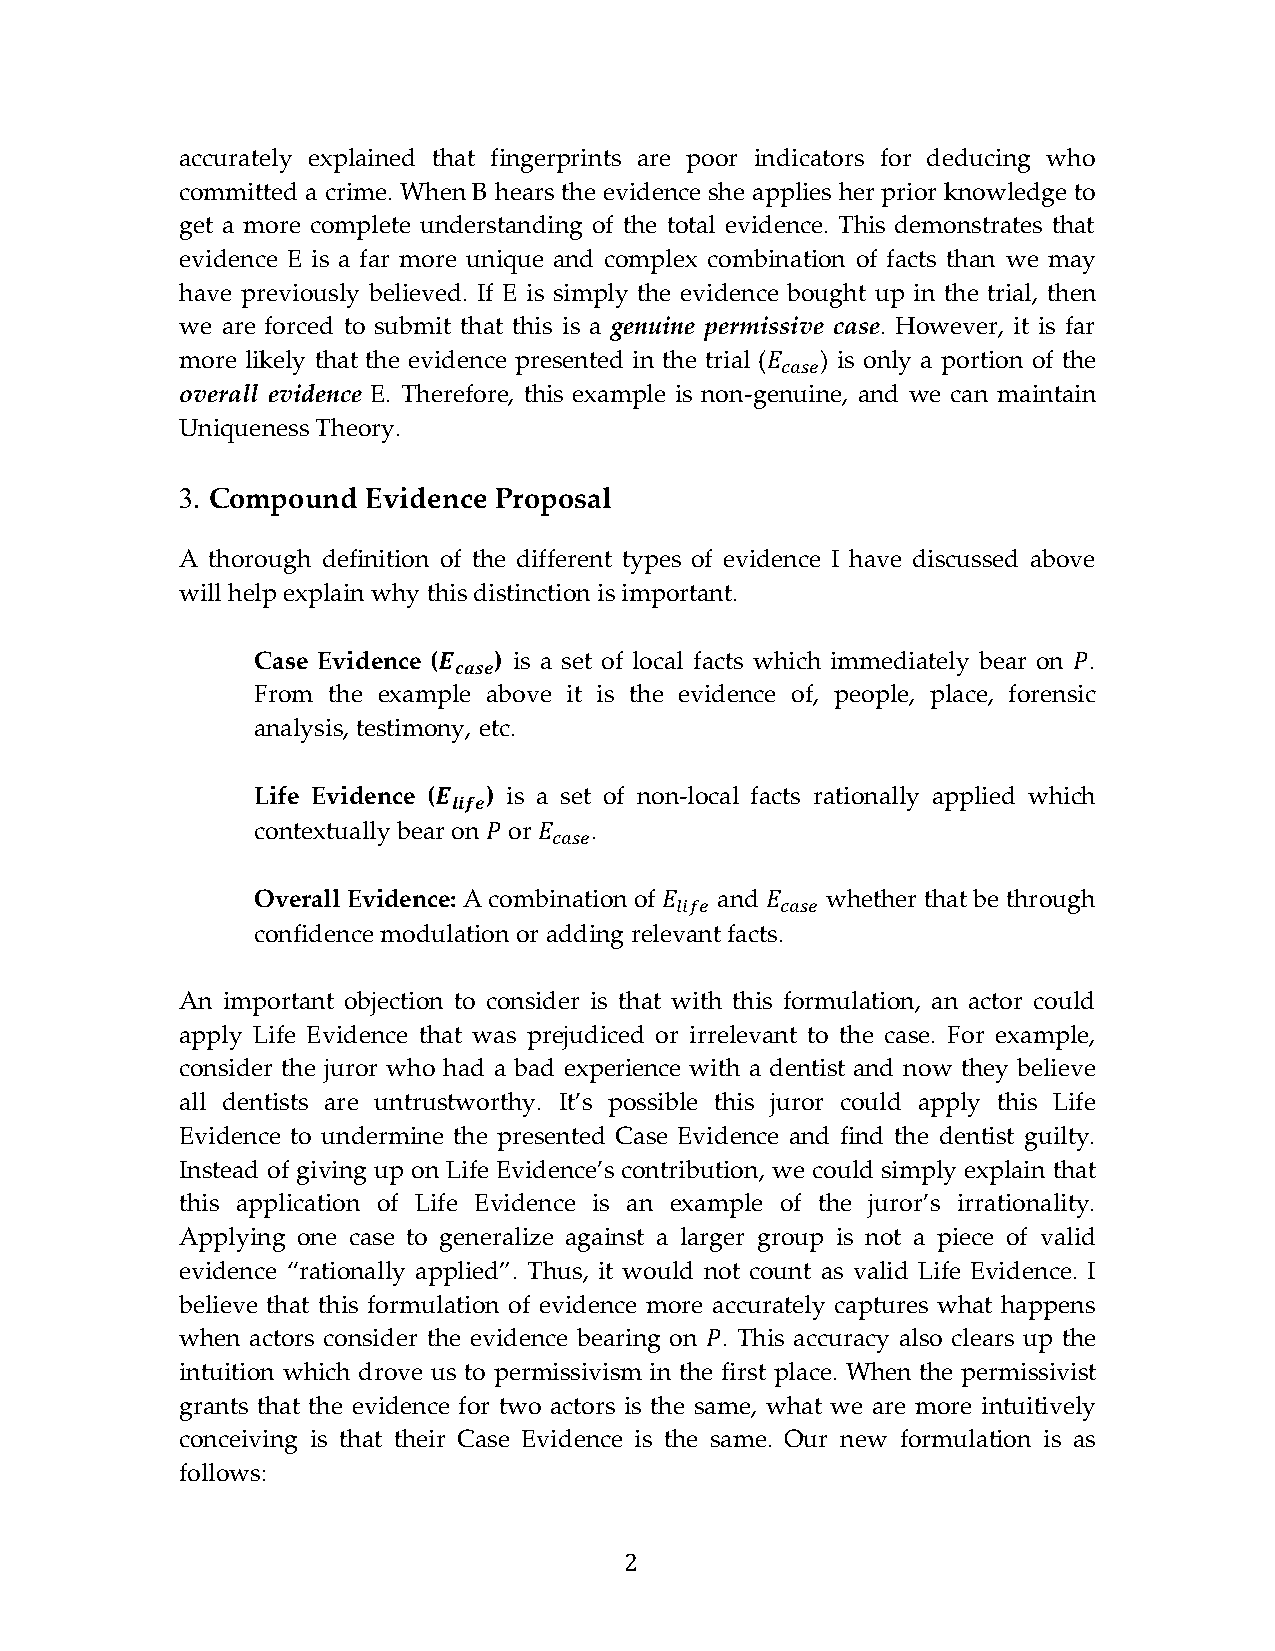
accurately explained that fingerprints are poor indicators for deducing who
 committed a crime. When B hears the evidence she applies her prior knowledge to
 get a more complete understanding of the total evidence. This demonstrates that
 evidence E is a far more unique and complex combination of facts than we may
 have previously believed. If E is simply the evidence bought up in the trial, then
 we are forced to submit that this is a genuine permissive case. However, it is far
 more likely that the evidence presented in the trial ( ) is only a portion of the
 overall evidence E. Therefore, this example is non-genuine, and we can maintain
 𝐸𝐸𝑐𝑐𝑐𝑐𝑠𝑠𝑐𝑐
 Uniqueness Theory.
 3. Compound Evidence Proposal
 A thorough definition of the different types of evidence I have discussed above
 will help explain why this distinction is important.
 Case Evidence ( ) is a set of local facts which immediately bear on .
 From the example above it is the evidence of, people, place, forensic
 𝑬𝑬𝒄𝒄𝒂𝒂𝒂𝒂𝒂𝒂                                𝑃𝑃
 analysis, testimony, etc.
 Life Evidence ( ) is a set of non-local facts rationally applied which
 contextually bear on or .
 𝑬𝑬𝒍𝒍𝒍𝒍𝒍𝒍𝒂𝒂
 𝑃𝑃  𝐸𝐸𝑐𝑐𝑐𝑐𝑠𝑠𝑐𝑐
 Overall Evidence: A combination of and whether that be through
 confidence modulation or adding relevant facts.
 𝐸𝐸𝑙𝑙𝑙𝑙𝑙𝑙𝑐𝑐 𝐸𝐸𝑐𝑐𝑐𝑐𝑠𝑠𝑐𝑐
 An important objection to consider is that with this formulation, an actor could
 apply Life Evidence that was prejudiced or irrelevant to the case. For example,
 consider the juror who had a bad experience with a dentist and now they believe
 all dentists are untrustworthy. It’s possible this juror could apply this Life
 Evidence to undermine the presented Case Evidence and find the dentist guilty.
 Instead of giving up on Life Evidence’s contribution, we could simply explain that
 this application of Life Evidence is an example of the juror’s irrationality.
 Applying one case to generalize against a larger group is not a piece of valid
 evidence “rationally applied”. Thus, it would not count as valid Life Evidence. I
 believe that this formulation of evidence more accurately captures what happens
 when actors consider the evidence bearing on . This accuracy also clears up the
 intuition which drove us to permissivism in the first place. When the permissivist
 𝑃𝑃
 grants that the evidence for two actors is the same, what we are more intuitively
 conceiving is that their Case Evidence is the same. Our new formulation is as
 follows:
 2